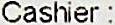
CASHIER :